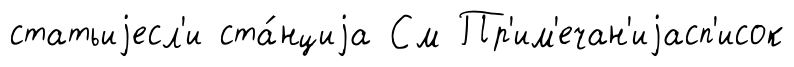
статьиjесл'и ста́нциjа См Пр'им'ечан'иjасп'исок